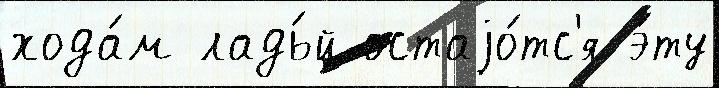
хода́м ладь́й остаjо́тс'я э́ту